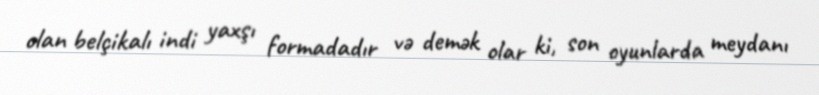
olan belçikalı indi yaxşı formadadır və demək olar ki, son oyunlarda meydanı